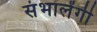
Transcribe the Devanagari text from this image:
संभालेंगी